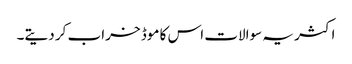
اکثر یہ سوالات اس کا موڈ خراب کر دیتے۔